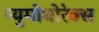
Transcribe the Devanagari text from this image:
न्युमोथोरेक्स